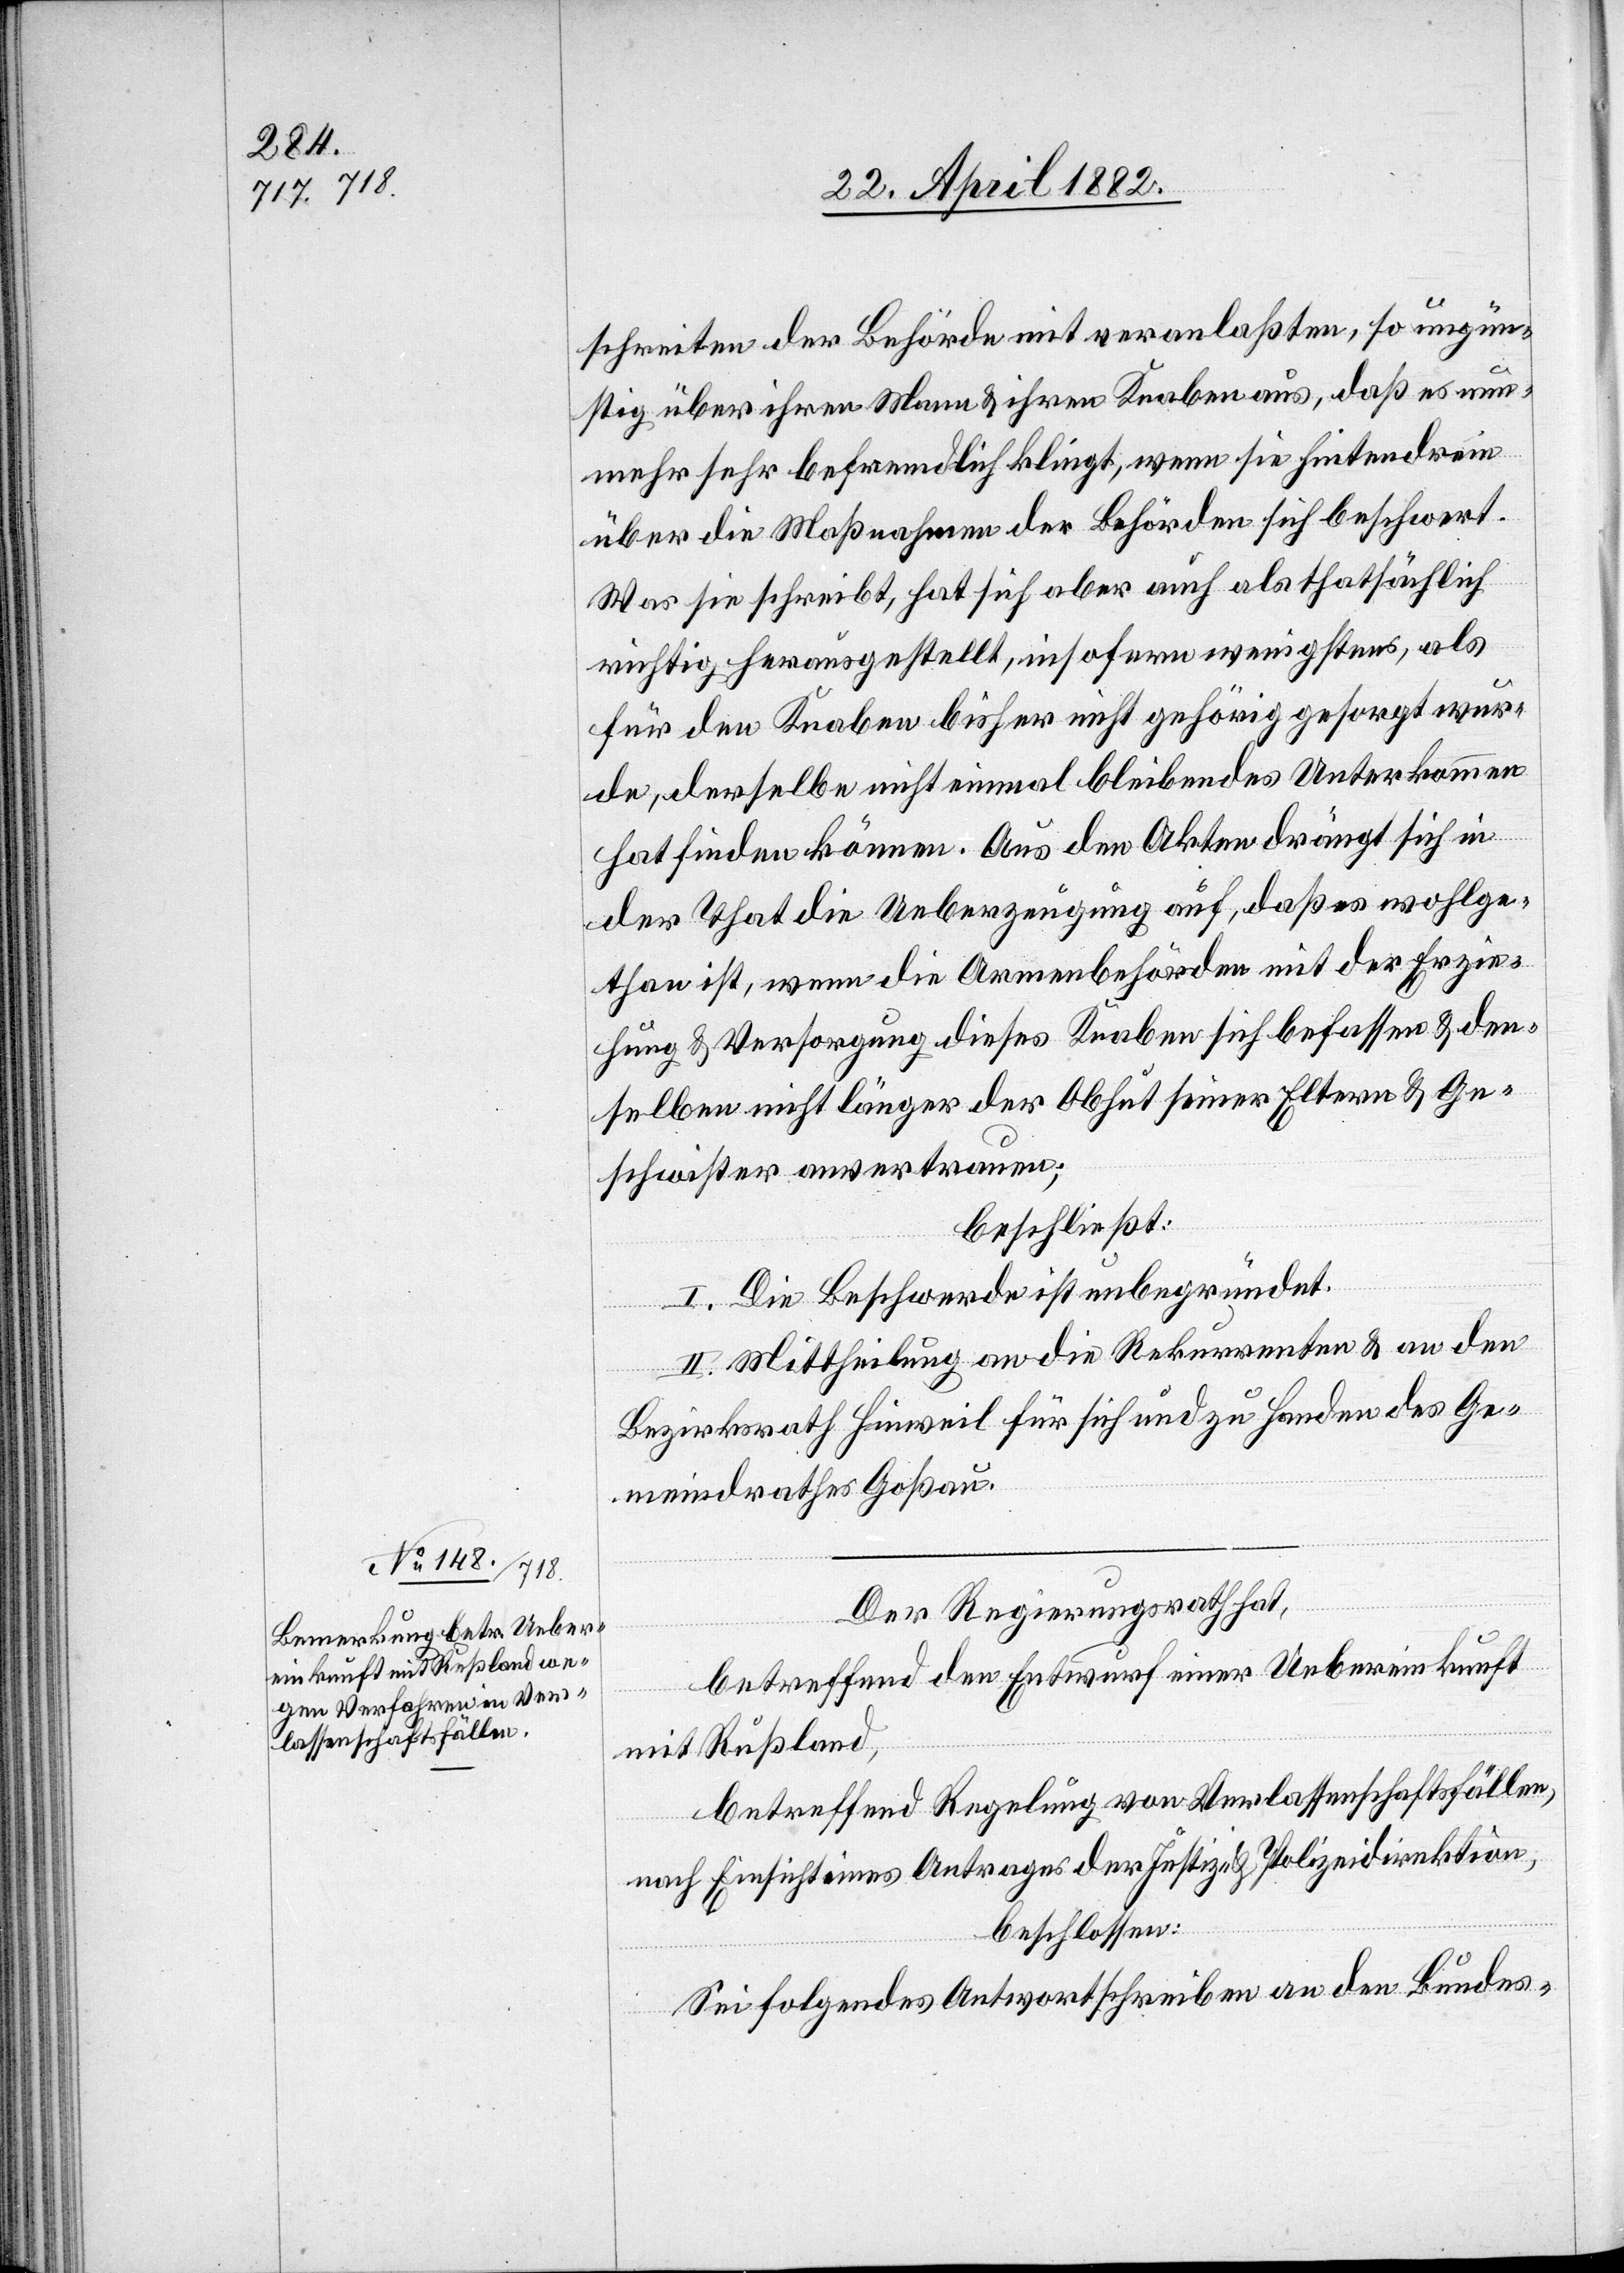
schreiten der Behörde mit veranlaßten, so ungün¬
stig über ihren Mann & ihren Knaben aus, daß es nun¬
mehr sehr befremdlich klingt, wenn sie hintendrein
über die Maßnahme der Behörden sich beschwert.
Was sie schreibt, hat sich aber auch als thatsächlich
richtig herausgestellt, insofern wenigstens, als
für den Knaben bisher nicht gehörig gesorgt wur¬
de, derselbe nicht einmal bleibendes Unterkommen
hat finden können. Aus den Akten drängt sich in
der That die Ueberzeugung auf, daß es wohlge¬
than ist, wenn die Armenbehörden mit der Erzie¬
hung & Versorgung dieses Knaben sich befassen & den¬
selben nicht länger der Obhut seiner Eltern & Ge¬
schwister anvertrauen;
beschließt:
I. Die Beschwerde ist unbegründet.
II. Mittheilung an die Rekurrenten & an den
Bezirksrath Hinweil für sich & zu Handen des Ge¬
meindrathes Goßau.
Der Regierungsrath hat,
betreffend den Entwurf einer Uebereinkunft
mit Rußland,
betreffend Regelung von Verlassenschaftsfällen,
nach Einsicht eines Antrages der Justiz- & Polizeidirektion,
beschlossen:
Sei folgendes Antwortschreiben an den Bundes-